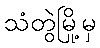
သံတွဲမြို့မှ